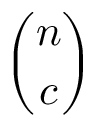
\binom { n } { c }